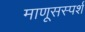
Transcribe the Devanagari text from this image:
माणूसस्पर्श